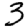
Digit: 3